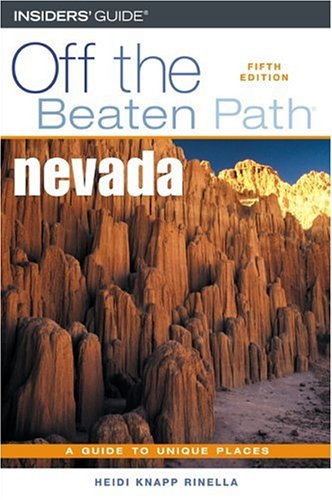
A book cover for Nevada Off the Beaten Path, 5th (Off the Beaten Path Series); Heidi Knapp Rinella; Travel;